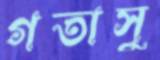
গতাসু